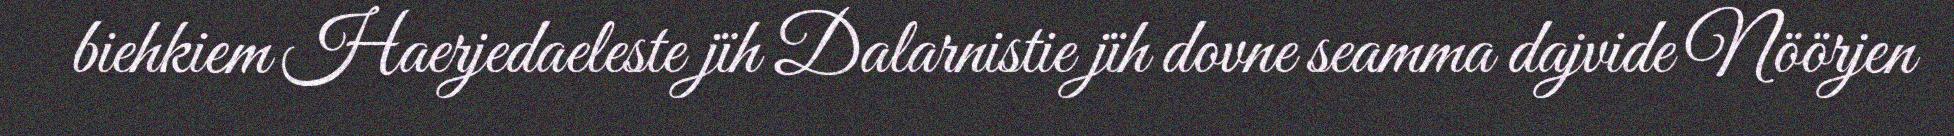
biehkiem Haerjedaeleste jïh Dalarnistie jïh dovne seamma dajvide Nöörjen